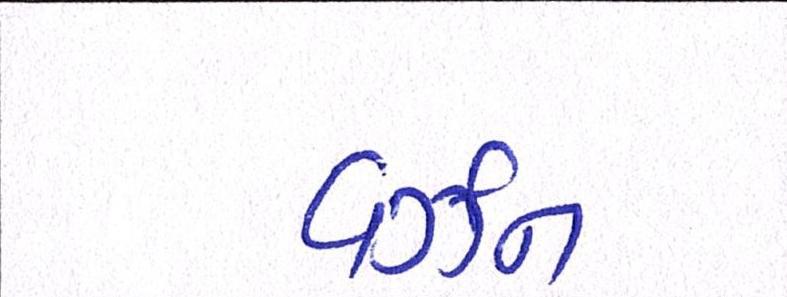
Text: વર્ઝન